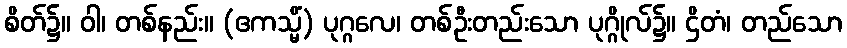
စိတ်၌။ ဝါ၊ တစ်နည်း။ (ဧကသ္မိံ) ပုဂ္ဂလေ၊ တစ်ဦးတည်းသော ပုဂ္ဂိုလ်၌။ ဌိတံ၊ တည်သော